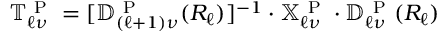
\mathbb { T } _ { \ell \nu } ^ { \mathrm { ~ P ~ } } = [ \mathbb { D } _ { ( \ell + 1 ) \nu } ^ { \mathrm { ~ P ~ } } ( R _ { \ell } ) ] ^ { - 1 } \cdot \mathbb { X } _ { \ell \nu } ^ { \mathrm { ~ P ~ } } \cdot \mathbb { D } _ { \ell \nu } ^ { \mathrm { ~ P ~ } } ( R _ { \ell } )